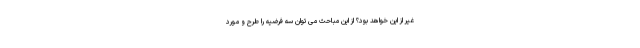
غیر از این خواهد بود؟ از این مباحث می توان سه فرضیه را طرح و مورد